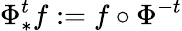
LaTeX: \Phi_{*}^{t}f:=f\circ\Phi^{-t}